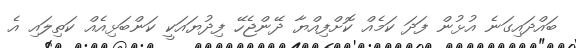
ބައްދައިގަނެ އުޅުން ފަދަ ކަމެއް ކޮށްފިއްޔާ ދޭންޖެހޭ ފިދުޔައަކީ ކަންބަޅިއެއް ކަތިލައި އެ